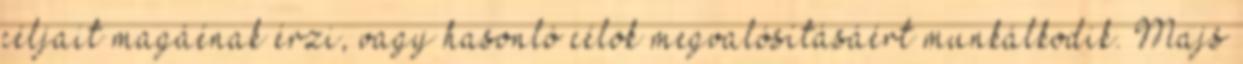
céljait magáénak érzi, vagy hasonló célok megvalósításáért munkálkodik. Majs